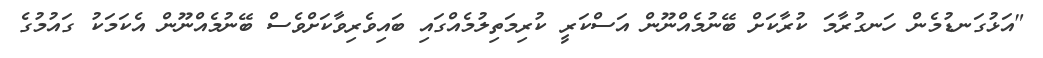
"އަޅުގަނޑުމެން ހަނގުރާމަ ކުރާކަށް ބޭނުމެއްނޫން އަސްކަރީ ކުރިމަތިލުމެއްގައި ބައިވެރިވާކަށްވެސް ބޭނުމެއްނޫން އެކަމަކު ގައުމުގެ